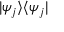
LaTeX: \textstyle | \psi _ { j } \rangle \langle \psi _ { j } |